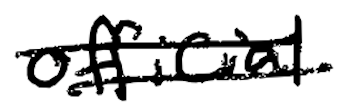
Text: official
Cross-out: double-line
Writing tool: digital_black